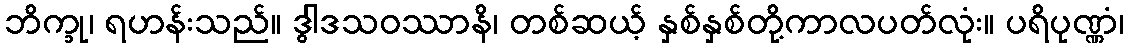
ဘိက္ခု၊ ရဟန်းသည်။ ဒွါဒသဝဿာနိ၊ တစ်ဆယ့် နှစ်နှစ်တို့ကာလပတ်လုံး။ ပရိပုဏ္ဏံ၊